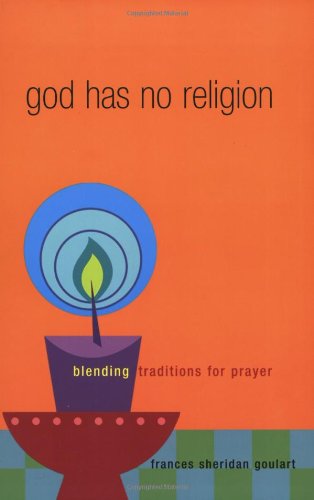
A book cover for God Has No Religion: Blending Traditions for Prayer; Frances Sheridan Goulart; Religion & Spirituality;